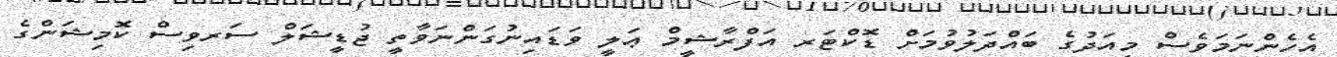
އެހެންނަމަވެސް މިއަދުގެ ބައްދަލުވުމަށް ޑޮކްޓަރ އަފްރާޝީމް ޢަލީ ވަޑައިނުގަންނަވާތީ ޖުޑީޝަލް ސަރވިސް ކޮމިޝަންގެ